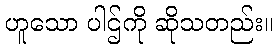
ဟူသော ပါဌ်ကို ဆိုသတည်း။